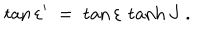
\tan \varepsilon ^ { \prime } \; = \; \tan \varepsilon \, \tanh J \; .